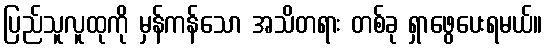
ပြည်သူလူထုကို မှန်ကန်သော အသိတရား တစ်ခု ရှာဖွေပေးရမယ်။